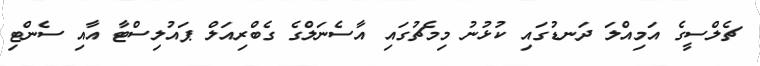
ޗެލްސީގެ އަމިއްލަ ދަނޑުގައި ކުޅުނު މިމެޗުގައި އާސެނަލްގެ ގެބްރިއަލް ޕައުލިސްޓާ އާއި ސެންޓި